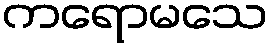
ကရောမသေ